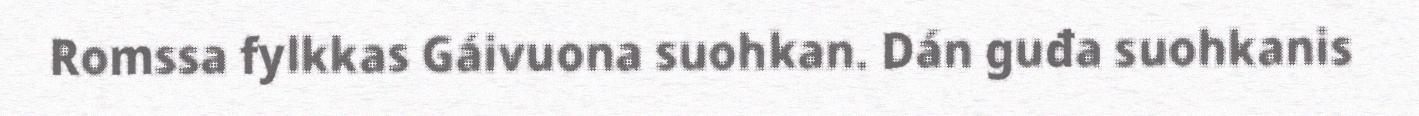
Romssa fylkkas Gáivuona suohkan. Dán guđa suohkanis